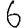
Digit: 6